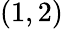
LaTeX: (1,2)